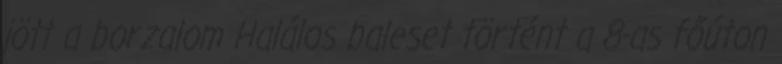
jött a borzalom Halálos baleset történt a 8-as főúton